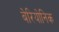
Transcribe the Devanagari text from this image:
बेरियोनिक